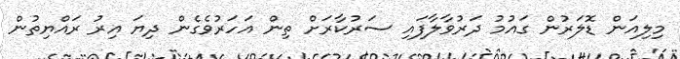
މިލިއަން ޑޮލަރުން ގައުމު ދަރުވާލާފައި ސަރުކާރަށް ތިން އަހަރުވެގެން ދިޔަ އިރު ރައްޔިތުން